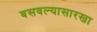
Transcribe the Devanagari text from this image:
बसवल्यासारखा